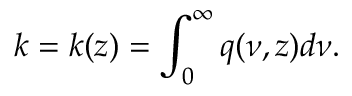
k = k ( z ) = \int _ { 0 } ^ { \infty } q ( \nu , z ) d \nu .